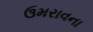
ઉમરાવના